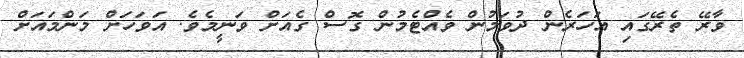
ވާރޭ ތެރޭގައި އަހަރެން ދުވަމުން ވެއްޓެމުން ގޮސް ގެއަށް ވަނީމެވެ. އަވަހަށް މަންމައަށް